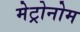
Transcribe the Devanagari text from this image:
मेट्रोनोम